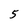
Character: 5